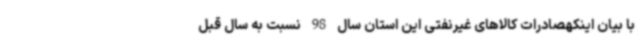
با بیان اینکهصادرات کالاهای غیرنفتی این استان سال 98 نسبت به سال قبل